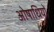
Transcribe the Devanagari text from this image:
ओषाधियों